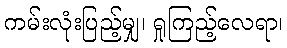
ကမ်းလုံးပြည့်မျှ၊ ရှုကြည့်လေရာ၊